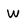
Character: W